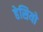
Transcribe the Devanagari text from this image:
हेसियो